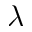
\lambda